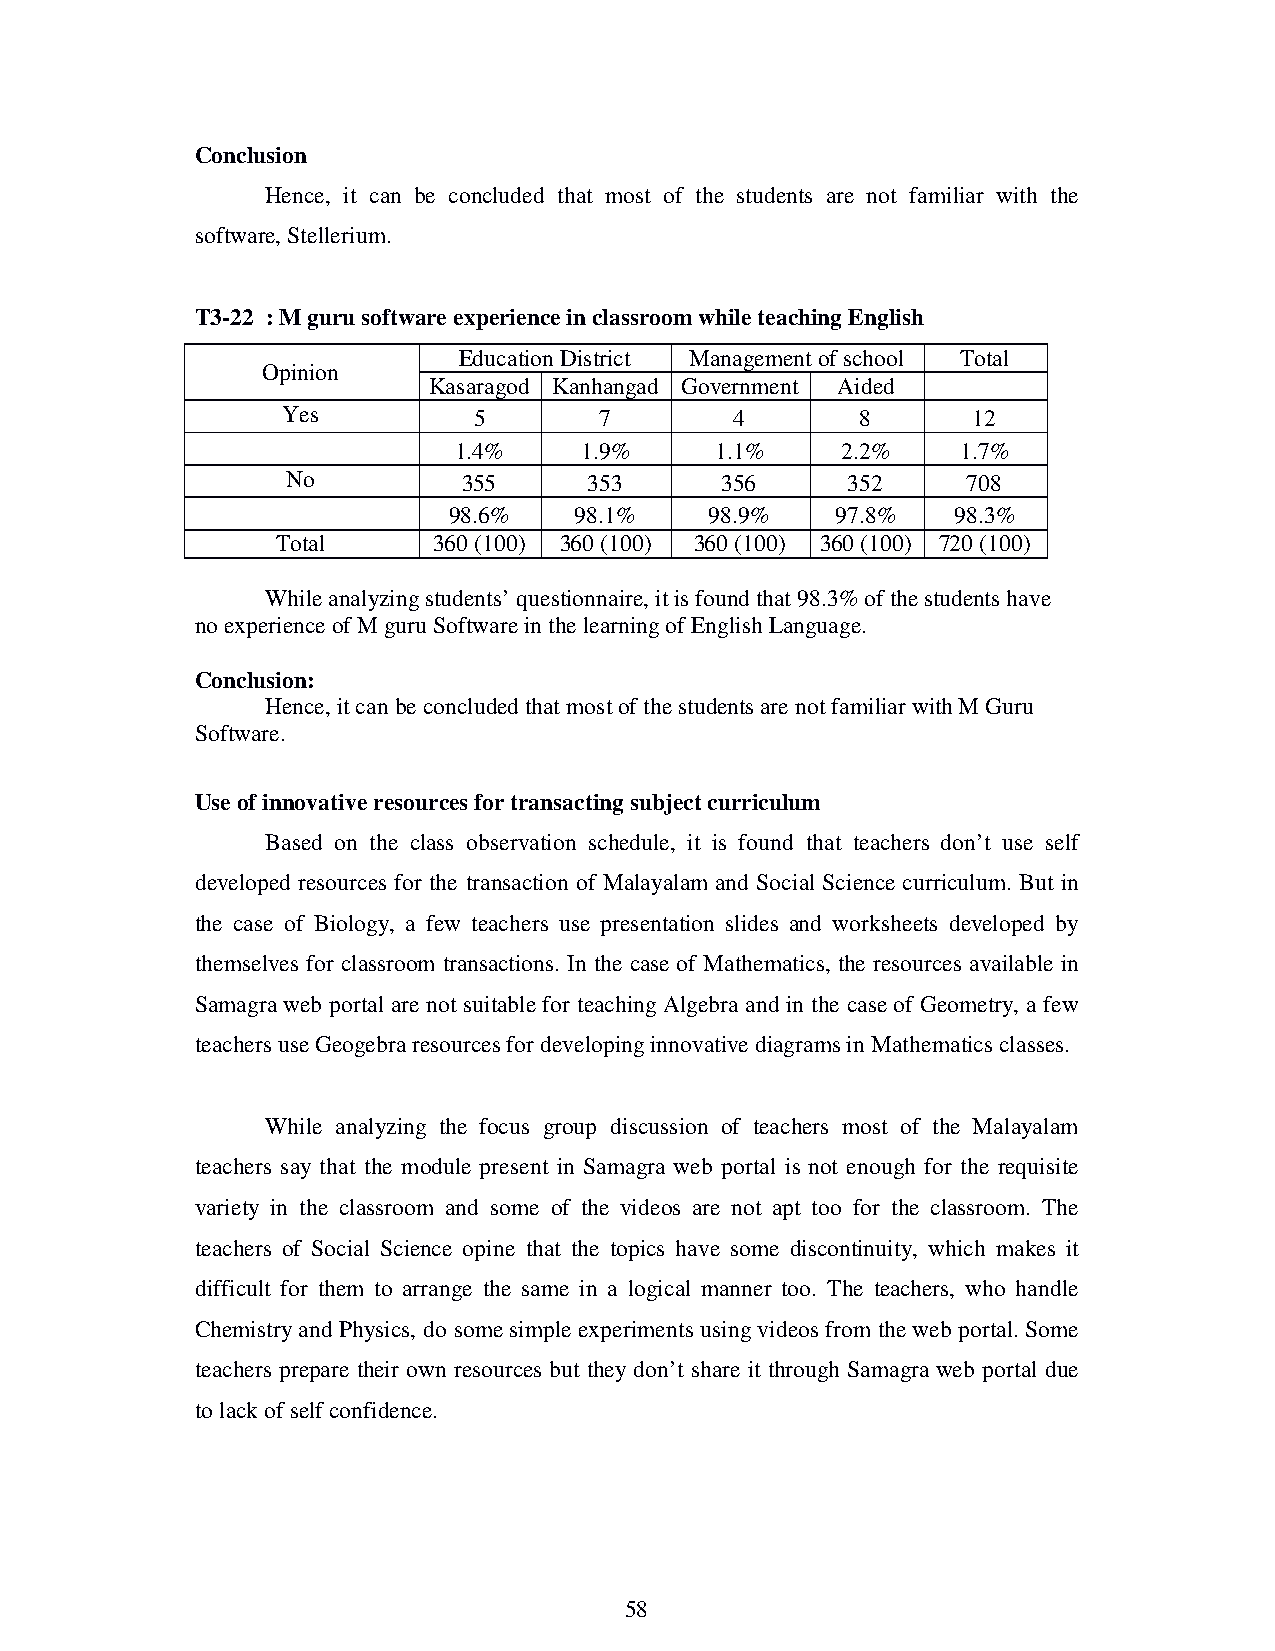
Conclusion
 Hence, it can be concluded that most of the students are not familiar with the
 software, Stellerium.
 T3-22 : M guru software experience in classroom while teaching English
 Education District Management of school Total
 Opinion
 Kasaragod Kanhangad Government Aided
 Yes         5        7        4       8      12
 1.4%    1.9%     1.1%     2.2%    1.7%
 No          355     353      356     352     708
 98.6%   98.1%    98.9%   97.8%   98.3%
 Total      360 (100) 360 (100) 360 (100) 360 (100) 720 (100)
 While analyzing students’ questionnaire, it is found that 98.3% of the students have
 no experience of M guru Software in the learning of English Language.
 Conclusion:
 Hence, it can be concluded that most of the students are not familiar with M Guru
 Software.
 Use of innovative resources for transacting subject curriculum
 Based on the class observation schedule, it is found that teachers don’t use self
 developed resources for the transaction of Malayalam and Social Science curriculum. But in
 the case of Biology, a few teachers use presentation slides and worksheets developed by
 themselves for classroom transactions. In the case of Mathematics, the resources available in
 Samagra web portal are not suitable for teaching Algebra and in the case of Geometry, a few
 teachers use Geogebra resources for developing innovative diagrams in Mathematics classes.
 While analyzing the focus group discussion of teachers most of the Malayalam
 teachers say that the module present in Samagra web portal is not enough for the requisite
 variety in the classroom and some of the videos are not apt too for the classroom. The
 teachers of Social Science opine that the topics have some discontinuity, which makes it
 difficult for them to arrange the same in a logical manner too. The teachers, who handle
 Chemistry and Physics, do some simple experiments using videos from the web portal. Some
 teachers prepare their own resources but they don’t share it through Samagra web portal due
 to lack of self confidence.
 58